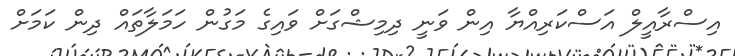
އިސްރާއީލް އަސްކަރިއްޔާ އިން ވަނީ ދިމިޝްގަށް ވައިގެ މަގުން ހަމަލާތައް ދިން ކަމަށް